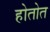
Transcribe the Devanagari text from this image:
होतोत